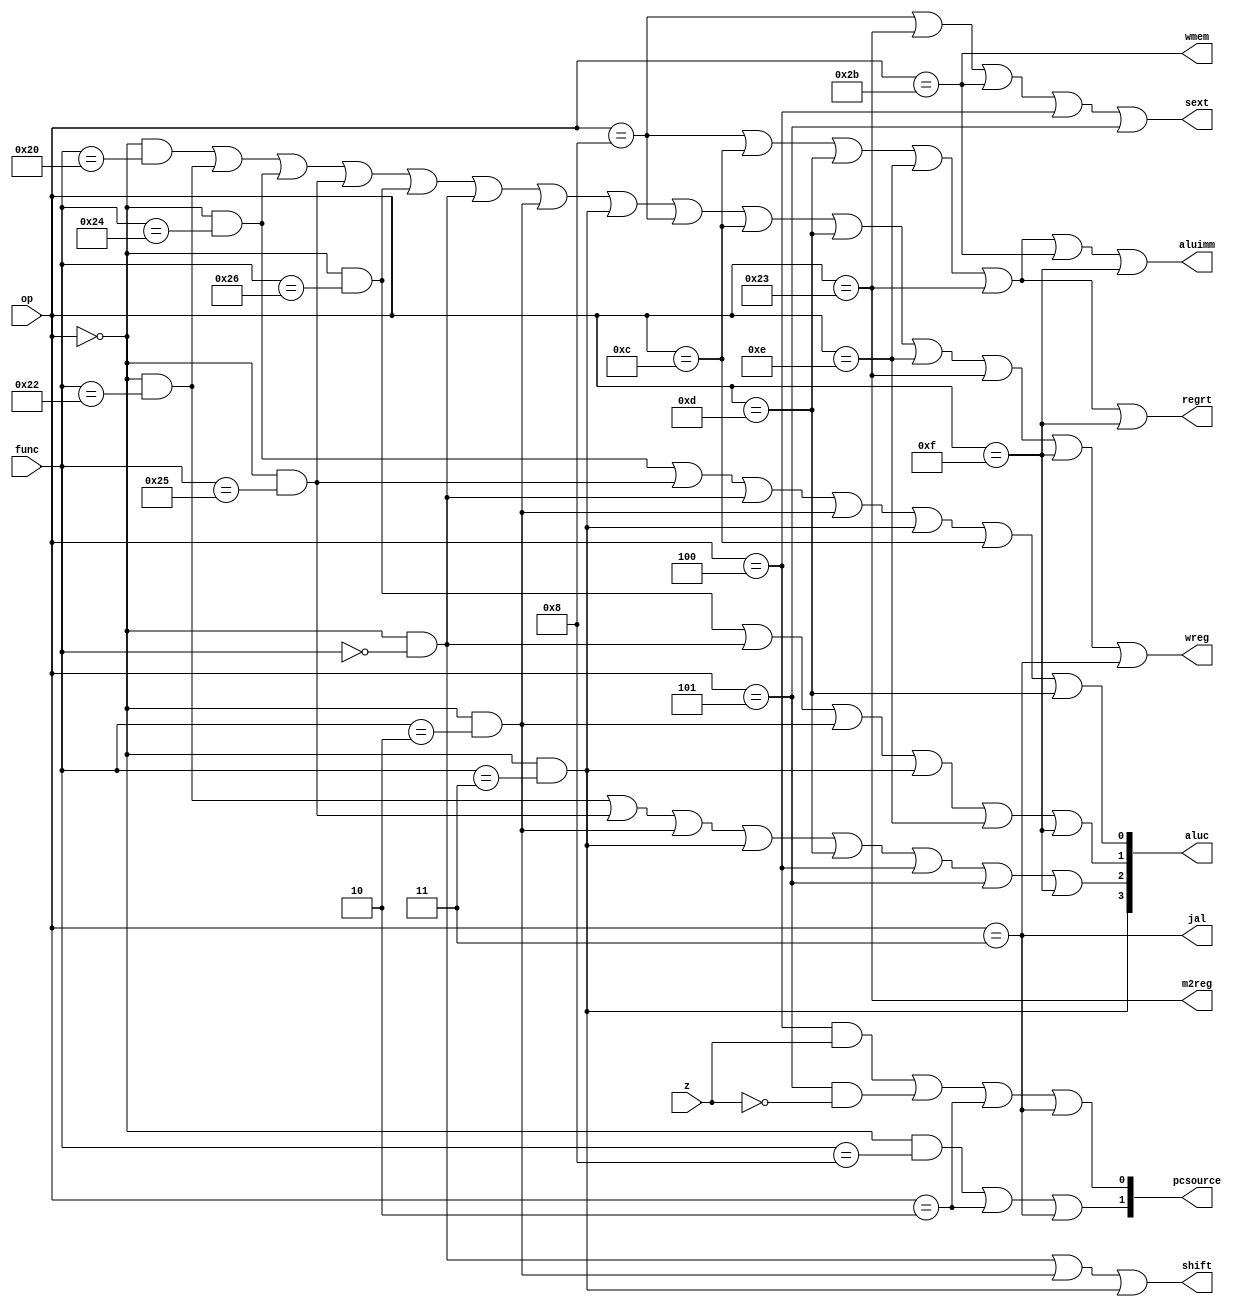
module sc_cu(op, func, z, wmem, wreg, regrt, m2reg, aluc, shift, aluimm, pcsource, jal, sext);
	input  [5:0] op, func;
	input        z;
	output       wreg, regrt, jal, m2reg, shift, aluimm, sext, wmem;
	output [3:0] aluc;
	output [1:0] pcsource;

	wire r_type = op == 6'b000000;
	wire i_add = r_type & func == 6'b100000;
	wire i_sub = r_type & func == 6'b100010;
	wire i_and = r_type & func == 6'b100100;
	wire i_or  = r_type & func == 6'b100101;
	wire i_xor = r_type & func == 6'b100110;
	wire i_sll = r_type & func == 6'b000000;
	wire i_srl = r_type & func == 6'b000010;
	wire i_sra = r_type & func == 6'b000011;
	wire i_jr  = r_type & func == 6'b001000;
	wire i_addi = op == 6'b001000;
	wire i_andi = op == 6'b001100;
	wire i_ori  = op == 6'b001101;
	wire i_xori = op == 6'b001110;
	wire i_lw   = op == 6'b100011;
	wire i_sw   = op == 6'b101011;
	wire i_beq  = op == 6'b000100;
	wire i_bne  = op == 6'b000101;
	wire i_lui  = op == 6'b001111;
	wire i_j    = op == 6'b000010;
	wire i_jal  = op == 6'b000011;

	assign pcsource[1] = i_jr | i_j | i_jal;
	assign pcsource[0] = (i_beq & z) | (i_bne & ~z) | i_j | i_jal;

	assign aluc[3] = i_sra;
	assign aluc[2] = i_sub | i_or | i_srl | i_sra | i_ori | i_beq | i_bne | i_lui;
	assign aluc[1] = i_xor | i_sll | i_srl | i_sra | i_xori | i_lui;
	assign aluc[0] = i_and | i_or | i_sll | i_srl | i_sra | i_andi | i_ori;

	assign shift = i_sll | i_srl | i_sra ;
	assign aluimm = i_addi | i_andi | i_ori | i_xori | i_lw | i_sw | i_lui;
	assign sext = i_addi | i_lw | i_sw | i_beq | i_bne;
	assign wmem = i_sw;
	assign wreg = i_add | i_sub | i_and | i_or | i_xor | i_sll | i_srl | i_sra
		| i_addi | i_andi | i_ori | i_xori | i_lw | i_lui | i_jal;
	assign m2reg = i_lw;
	assign regrt = i_addi | i_andi | i_ori | i_xori | i_lw | i_lui;
	assign jal = i_jal;
endmodule